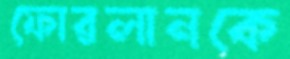
ফোরলানকে